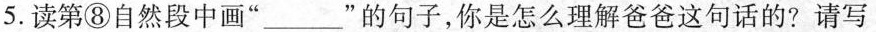
5.读第⑧自然段中画”___”的句子，你是怎么理解爸爸这句话的?请写